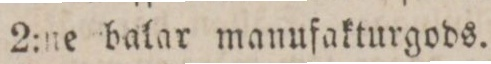
2:ne balar manufakturgods.